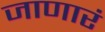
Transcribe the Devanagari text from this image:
जाणारं